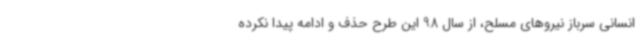
انسانی سرباز نیروهای مسلح، از سال 98 این طرح حذف و ادامه پیدا نکرده